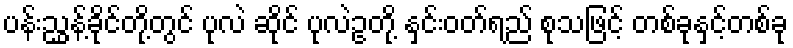
ပန်းညွှန့်ခိုင်တို့တွင် ပုလဲ ဆိုင် ပုလဲဥတို့ နှင်းဝတ်ရည် စုသဖြင့် တစ်ခုနှင့်တစ်ခု